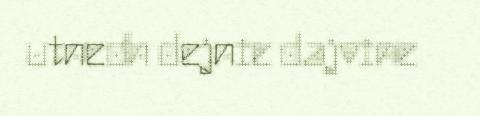
utnedh dejnie dajvine